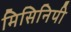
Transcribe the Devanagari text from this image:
मिसिनिपी